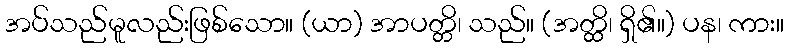
အပ်သည်မူလည်းဖြစ်သော။ (ယာ) အာပတ္တိ၊ သည်။ (အတ္ထိ၊ ရှိ၏။) ပန၊ ကား။